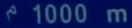
1000